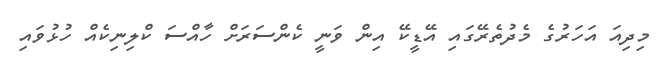
މިދިއަ އަހަރުގެ މެދުތެރޭގައި އޭޑީކޭ އިން ވަނީ ކެންސަރަށް ހާއްސަ ކްލިނިކެއް ހުޅުވައި